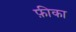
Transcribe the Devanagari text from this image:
फ़ीका